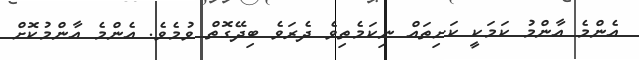
އެންމެ އާންމު ކަމަކީ ކަށިތައް ނިކަމެތިވެ ދެރަވެ ބިދޭގޮތް ވުމެވެ. އެންމެ އާންމުކޮށް